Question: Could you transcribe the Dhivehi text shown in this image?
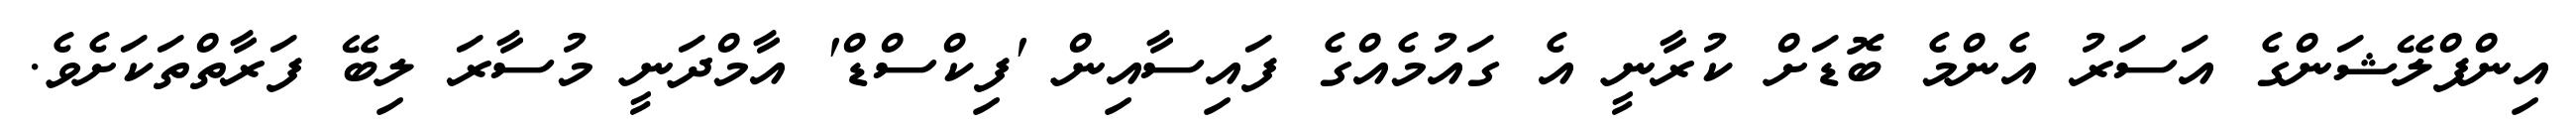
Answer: އިންފްލޭޝަންގެ އަސަރު އެންމެ ބޮޑަށް ކުރާނީ އެ ގައުމެއްގެ ފައިސާއިން 'ފިކްސްޑް' އާމްދަނީ މުސާރަ ލިބޭ ފަރާތްތަކަށެވެ.